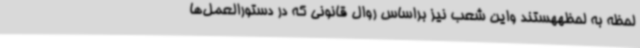
لحظه به لحظههستند واین شعب نیز براساس روال قانونی که در دستورالعمل‌ها